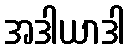
အဒါယာဒါ